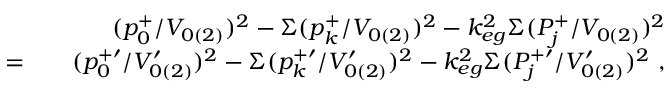
\begin{array} { r l r } & { } & { ( p _ { 0 } ^ { + } / V _ { 0 ( 2 ) } ) ^ { 2 } - \Sigma ( p _ { k } ^ { + } / V _ { 0 ( 2 ) } ) ^ { 2 } - k _ { e g } ^ { 2 } \Sigma ( P _ { j } ^ { + } / V _ { 0 ( 2 ) } ) ^ { 2 } } \\ { = } & { } & { ( p _ { 0 } ^ { + \prime } / V _ { 0 ( 2 ) } ^ { \prime } ) ^ { 2 } - \Sigma ( p _ { k } ^ { + \prime } / V _ { 0 ( 2 ) } ^ { \prime } ) ^ { 2 } - k _ { e g } ^ { 2 } \Sigma ( P _ { j } ^ { + \prime } / V _ { 0 ( 2 ) } ^ { \prime } ) ^ { 2 } ~ , } \end{array}